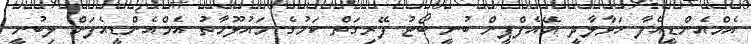
އެމްއެންޑީއެފާ ހަވާލާދީ އޭއެފްޕީން ބުނީ ބޯޓު ފޭރިގަތް ކަމުގެ މައުލޫމާތު އެމްއެންޑީއެފަށް ލިބުނީ